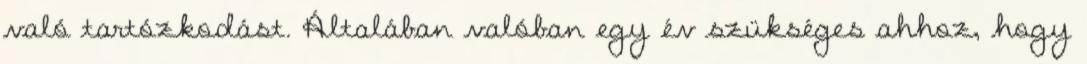
való tartózkodást. Általában valóban egy év szükséges ahhoz, hogy